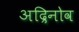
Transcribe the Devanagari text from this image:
अद्रिनोव